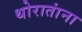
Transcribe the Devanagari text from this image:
थोरातांना